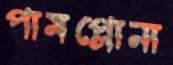
পামপ্লোনা